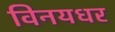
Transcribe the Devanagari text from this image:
विनयधर